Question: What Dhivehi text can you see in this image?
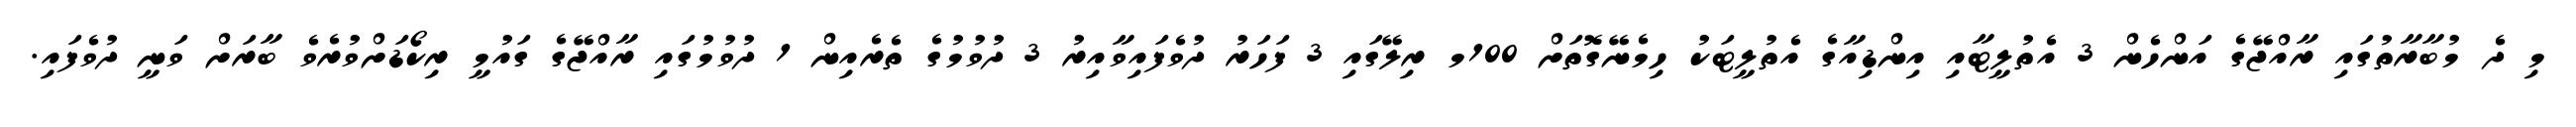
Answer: މި ދެ މުބާރާތުގައި ރާއްޖޭގެ އަންހެން 3 އެތުލީޓާއި އިންޑިއާގެ އެތުލީޓަކު ހިމެނޭގޮތަށް 100މ ރިލޭގައި 3 ފަހަރު ދުވެފައިވާއިރު 3 ދުވުމުގެ ތެރެއިން 1 ދުވުމުގައި ރާއްޖޭގެ ގައުމީ ރިކޯޑަށްވުރެވެ ބާރަށް ވަނީ ދުވެފައި.